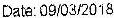
DATE: 09/03/2018